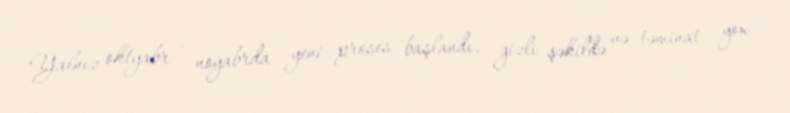
Yalnız oktyabr - noyabrda yeni proses başlandı, gizli şəkildə və təminat yox